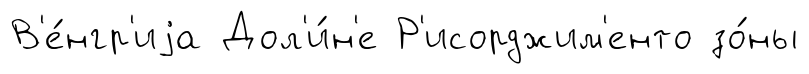
В'е́нгр'иjа Дол'и́н'е Р'исорджим'енто зо́ны